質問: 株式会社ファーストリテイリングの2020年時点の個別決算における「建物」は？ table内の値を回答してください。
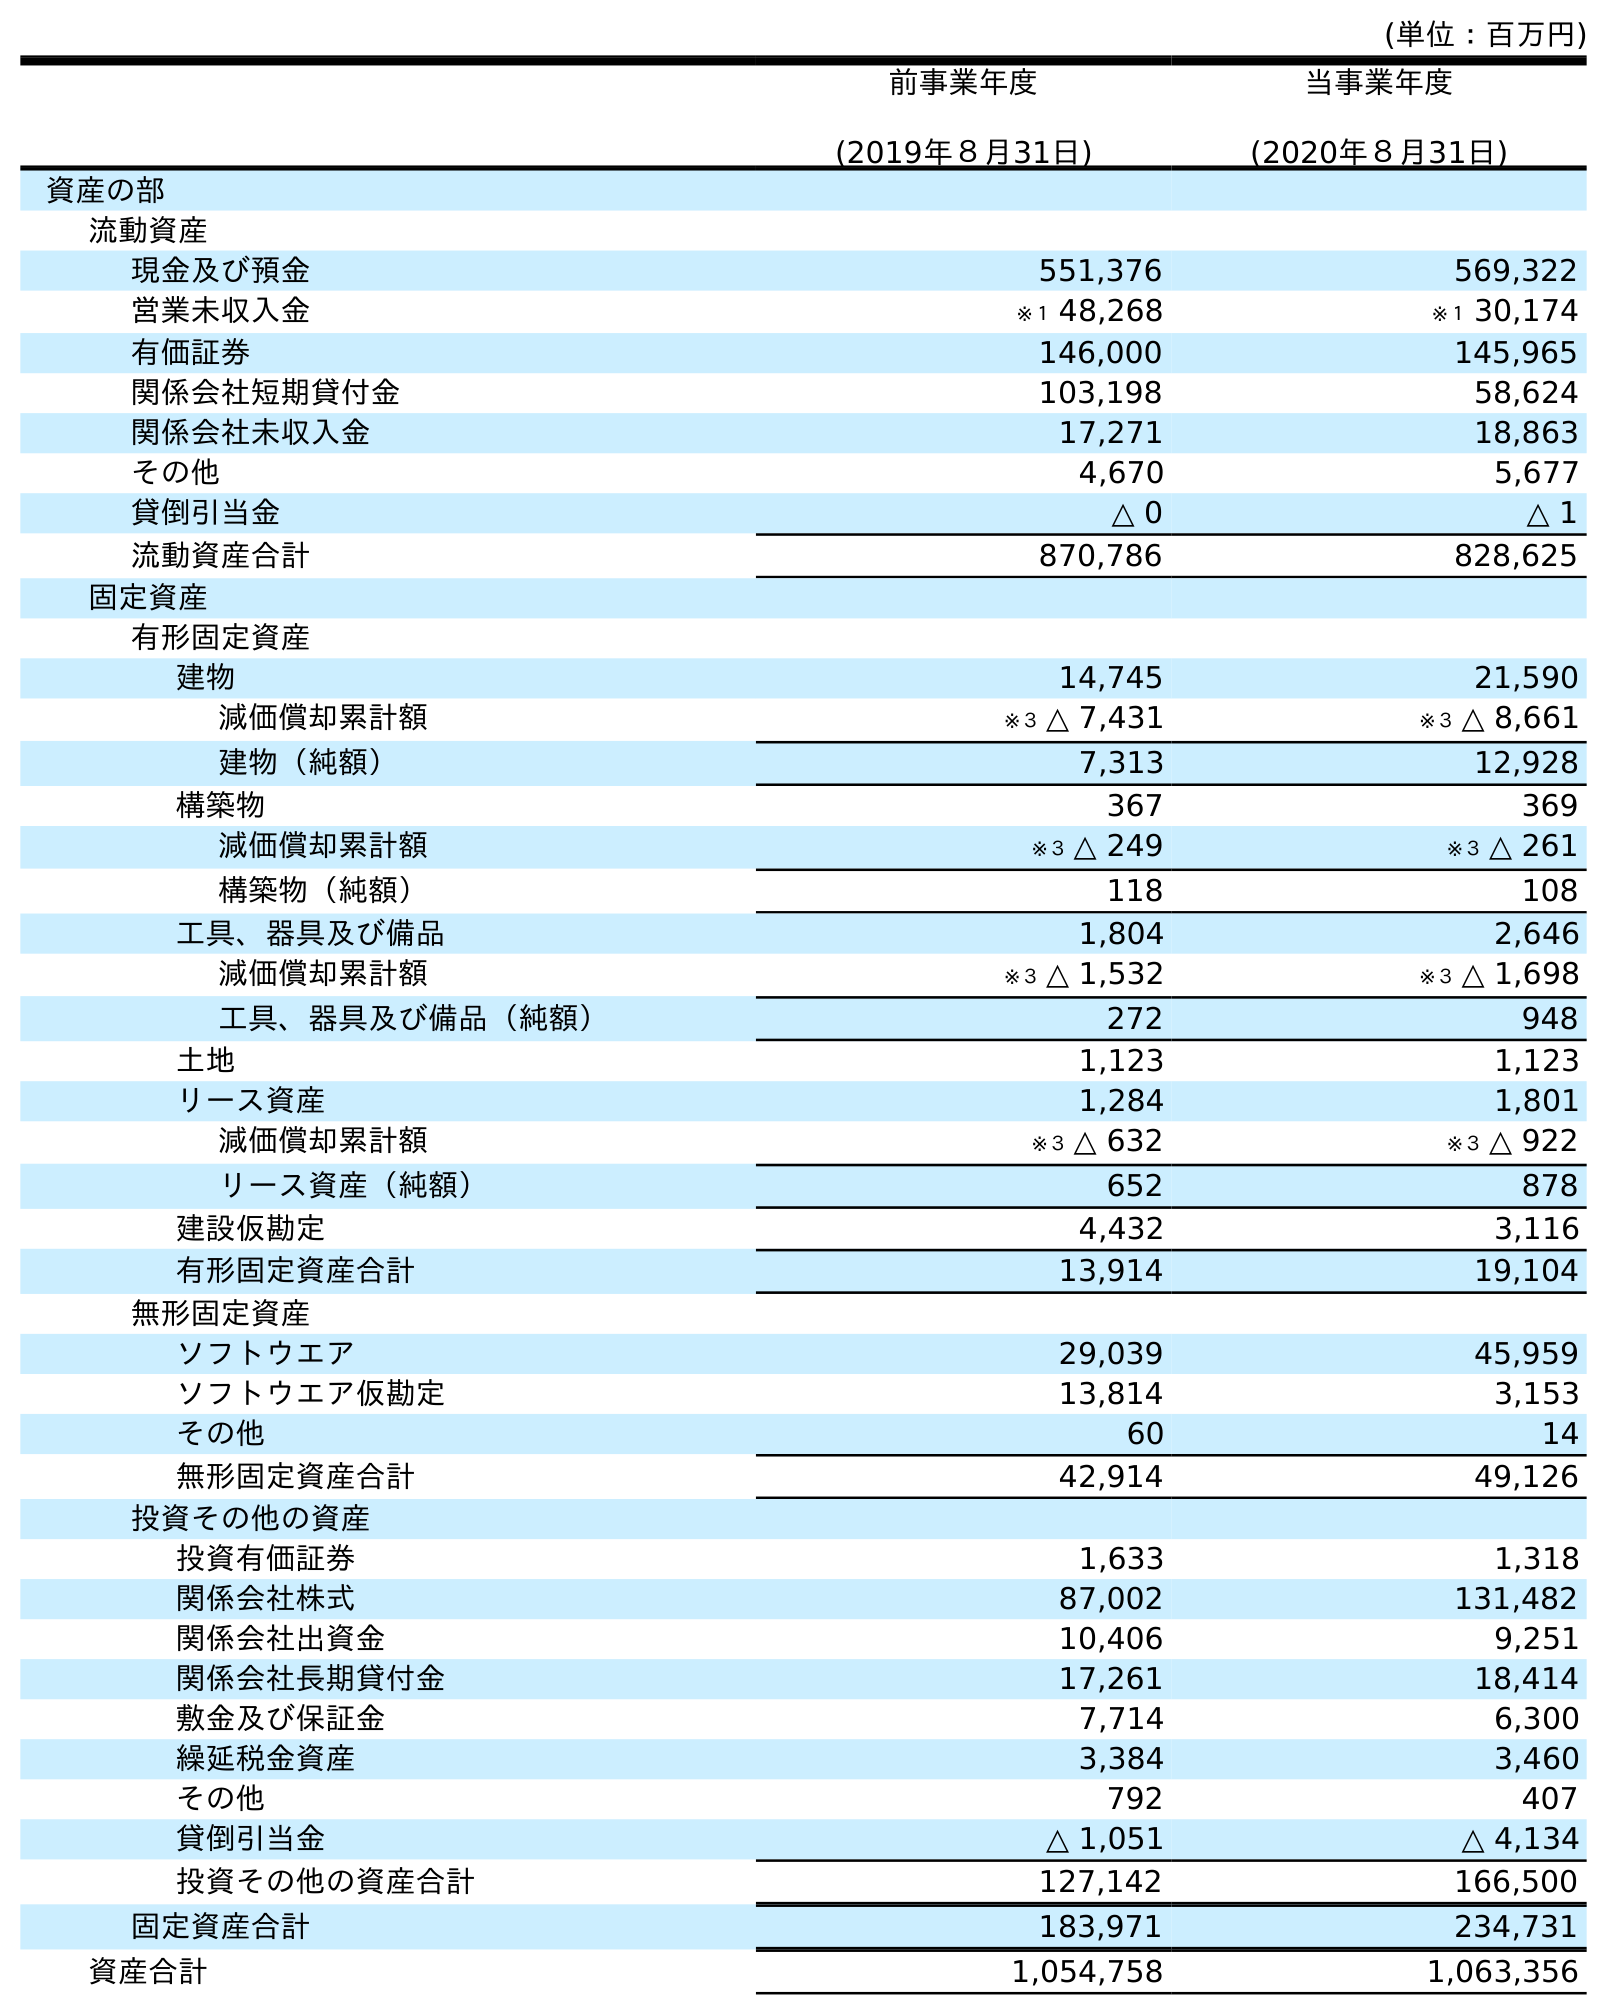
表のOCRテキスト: (単位：百万円) 前事業年度 (2019年８月31日) 当事業年度 (2020年８月31日) 資産の部 流動資産 現金及び預金 551,376 569,322 営業未収入金 ※１ 48,268 ※１ 30,174 有価証券 146,000 145,965 関係会社短期貸付金 103,198 58,624 関係会社未収入金 17,271 18,863 その他 4,670 5,677 貸倒引当金 △ 0 △ 1 流動資産合計 870,786 828,625 固定資産 有形固定資産 建物 14,745 21,590 減価償却累計額 ※３ △ 7,431 ※３ △ 8,661 建物（純額） 7,313 12,928 構築物 367 369 減価償却累計額 ※３ △ 249 ※３ △ 261 構築物（純額） 118 108 工具、器具及び備品 1,804 2,646 減価償却累計額 ※３ △ 1,532 ※３ △ 1,698 工具、器具及び備品（純額） 272 948 土地 1,123 1,123 リース資産 1,284 1,801 減価償却累計額 ※３ △ 632 ※３ △ 922 リース資産（純額） 652 878 建設仮勘定 4,432 3,116 有形固定資産合計 13,914 19,104 無形固定資産 ソフトウエア 29,039 45,959 ソフトウエア仮勘定 13,814 3,153 その他 60 14 無形固定資産合計 42,914 49,126 投資その他の資産 投資有価証券 1,633 1,318 関係会社株式 87,002 131,482 関係会社出資金 10,406 9,251 関係会社長期貸付金 17,261 18,414 敷金及び保証金 7,714 6,300 繰延税金資産 3,384 3,460 その他 792 407 貸倒引当金 △ 1,051 △ 4,134 投資その他の資産合計 127,142 166,500 固定資産合計 183,971 234,731 資産合計 1,054,758 1,063,356
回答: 21,590